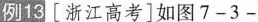
例13[浙江高考]如图7-3-